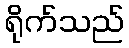
ရိုက်သည်